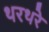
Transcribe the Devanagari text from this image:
थरथरे